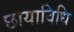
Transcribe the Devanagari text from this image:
छायाविधि